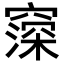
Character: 𬔒